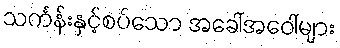
သင်္ကန်းနှင့်စပ်သော အခေါ်အဝေါ်များ